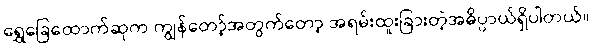
ရွှေခြေထောက်ဆုက ကျွန်တော့်အတွက်တော့ အရမ်းထူးခြားတဲ့အဓိပ္ပာယ်ရှိပါတယ်။